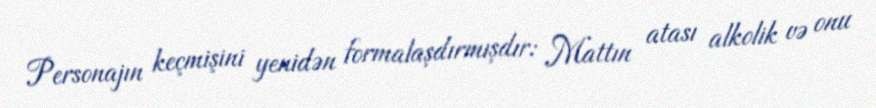
Personajın keçmişini yenidən formalaşdırmışdır: Mattın atası alkolik və onu